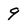
Character: 9